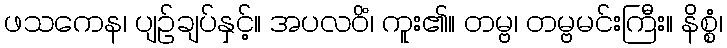
ဖသကေန၊ ပျဉ်ချပ်နှင့်။ အပလဝိံ၊ ကူး၏။ တမ္ဗ၊ တမ္ဗမင်းကြီး။ နိစ္စံ၊